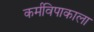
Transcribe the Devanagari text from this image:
कर्मविपाकाला